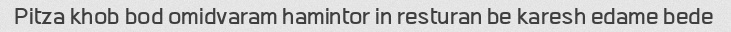
Pitza khob bod omidvaram hamintor in resturan be karesh edame bede